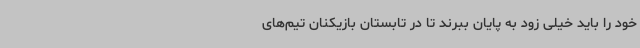
خود را باید خیلی زود به پایان ببرند تا در تابستان بازیکنان تیم‌های